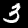
Digit: 3